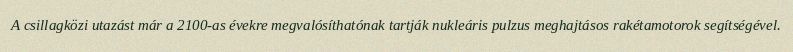
A csillagközi utazást már a 2100-as évekre megvalósíthatónak tartják nukleáris pulzus meghajtásos rakétamotorok segítségével.